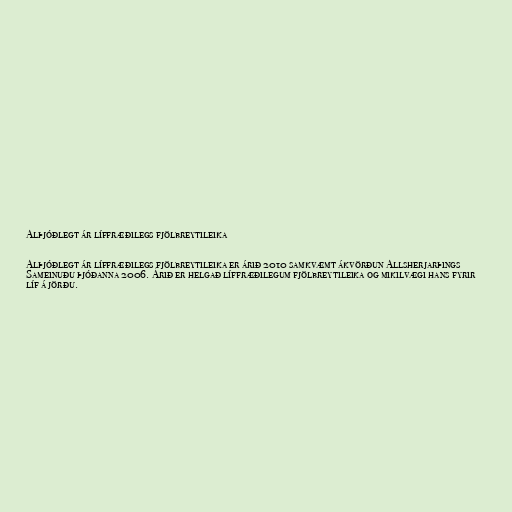
Alþjóðlegt ár líffræðilegs fjölbreytileika

Alþjóðlegt ár líffræðilegs fjölbreytileika er árið 2010 samkvæmt ákvörðun Allsherjarþings
Sameinuðu þjóðanna 2006. Árið er helgað líffræðilegum fjölbreytileika og mikilvægi hans fyrir
líf á jörðu.